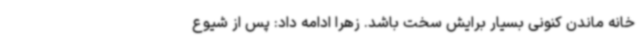
خانه ماندن کنونی بسیار برایش سخت باشد. زهرا ادامه داد: پس از شیوع